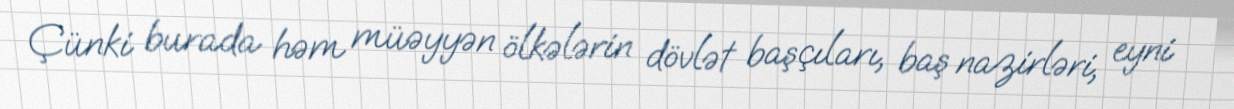
Çünki burada həm müəyyən ölkələrin dövlət başçıları, baş nazirləri, eyni